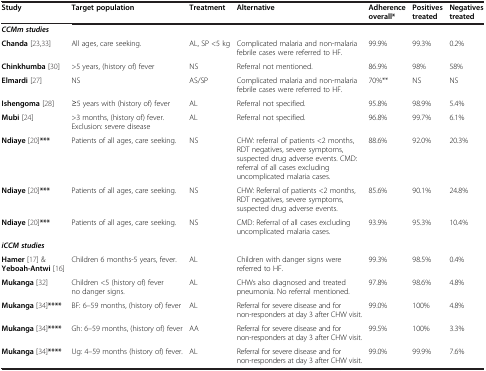
<table><thead><tr><td><b>Study</b></td><td><b>Target population</b></td><td><b>Treatment</b></td><td><b>Alternative</b></td><td><b>Adherence overall*</b></td><td><b>Positives treated</b></td><td><b>Negatives treated</b></td></tr></thead><tbody><tr><td colspan="7"><b><i>CCMm studies</i></b></td></tr><tr><td><b>Chanda</b>[23,33]</td><td>All ages, care seeking.</td><td>AL, SP &lt;5 kg</td><td>Complicated malaria and non-malaria febrile cases were referred to HF.</td><td>99.9%</td><td>99.3%</td><td>0.2%</td></tr><tr><td><b>Chinkhumba</b>[30]</td><td>&gt;5 years, (history of) fever</td><td>NS</td><td>Referral not mentioned.</td><td>86.9%</td><td>98%</td><td>58%</td></tr><tr><td><b>Elmardi</b>[27]</td><td>NS</td><td>AS/SP</td><td>Complicated malaria and non-malaria febrile cases were referred to HF.</td><td>70%**</td><td>NS</td><td>NS</td></tr><tr><td><b>Ishengoma</b>[28]</td><td>≥5 years with (history of) fever</td><td>AL</td><td>Referral not specified.</td><td>95.8%</td><td>98.9%</td><td>5.4%</td></tr><tr><td><b>Mubi</b>[24]</td><td>&gt;3 months, (history of) fever. Exclusion: severe disease</td><td>AL</td><td>Referral not specified.</td><td>96.8%</td><td>99.7%</td><td>6.1%</td></tr><tr><td><b>Ndiaye</b>[20]<b>***</b></td><td>Patients of all ages, care seeking.</td><td>NS</td><td>CHW: referral of patients &lt;2 months, RDT negatives, severe symptoms, suspected drug adverse events. CMD: referral of all cases excluding uncomplicated malaria cases.</td><td>88.6%</td><td>92.0%</td><td>20.3%</td></tr><tr><td><b>Ndiaye</b>[20]<b>***</b></td><td>Patients of all ages, care seeking.</td><td>NS</td><td>CHW: Referral of patients &lt;2 months, RDT negatives, severe symptoms, suspected drug adverse events.</td><td>85.6%</td><td>90.1%</td><td>24.8%</td></tr><tr><td><b>Ndiaye</b>[20]<b>***</b></td><td>Patients of all ages, care seeking.</td><td>NS</td><td>CMD: Referral of all cases excluding uncomplicated malaria cases.</td><td>93.9%</td><td>95.3%</td><td>10.4%</td></tr><tr><td colspan="7"><b><i>iCCM studies</i></b></td></tr><tr><td><b>Hamer</b>[17] &amp; <b>Yeboah-Antwi</b>[16]</td><td>Children 6 months-5 years, fever.</td><td>AL</td><td>Children with danger signs were referred to HF.</td><td>99.3%</td><td>98.5%</td><td>0.4%</td></tr><tr><td><b>Mukanga</b>[32]</td><td>Children &lt;5 (history of) fever no danger signs.</td><td>AL</td><td>CHWs also diagnosed and treated pneumonia. No referral mentioned.</td><td>97.8%</td><td>98.6%</td><td>4.8%</td></tr><tr><td><b>Mukanga</b>[34]<b>****</b></td><td>BF: 6–59 months, (history of) fever</td><td>AL</td><td>Referral for severe disease and for non-responders at day 3 after CHW visit.</td><td>99.0%</td><td>100%</td><td>4.8%</td></tr><tr><td><b>Mukanga</b>[34]<b>****</b></td><td>Gh: 6–59 months, (history of) fever</td><td>AA</td><td>Referral for severe disease and for non-responders at day 3 after CHW visit.</td><td>99.5%</td><td>100%</td><td>3.3%</td></tr><tr><td><b>Mukanga</b>[34]<b>****</b></td><td>Ug: 4–59 months (history of) fever.</td><td>AL</td><td>Referral for severe disease and for non-responders at day 3 after CHW visit.</td><td>99.0%</td><td>99.9%</td><td>7.6%</td></tr></tbody></table>